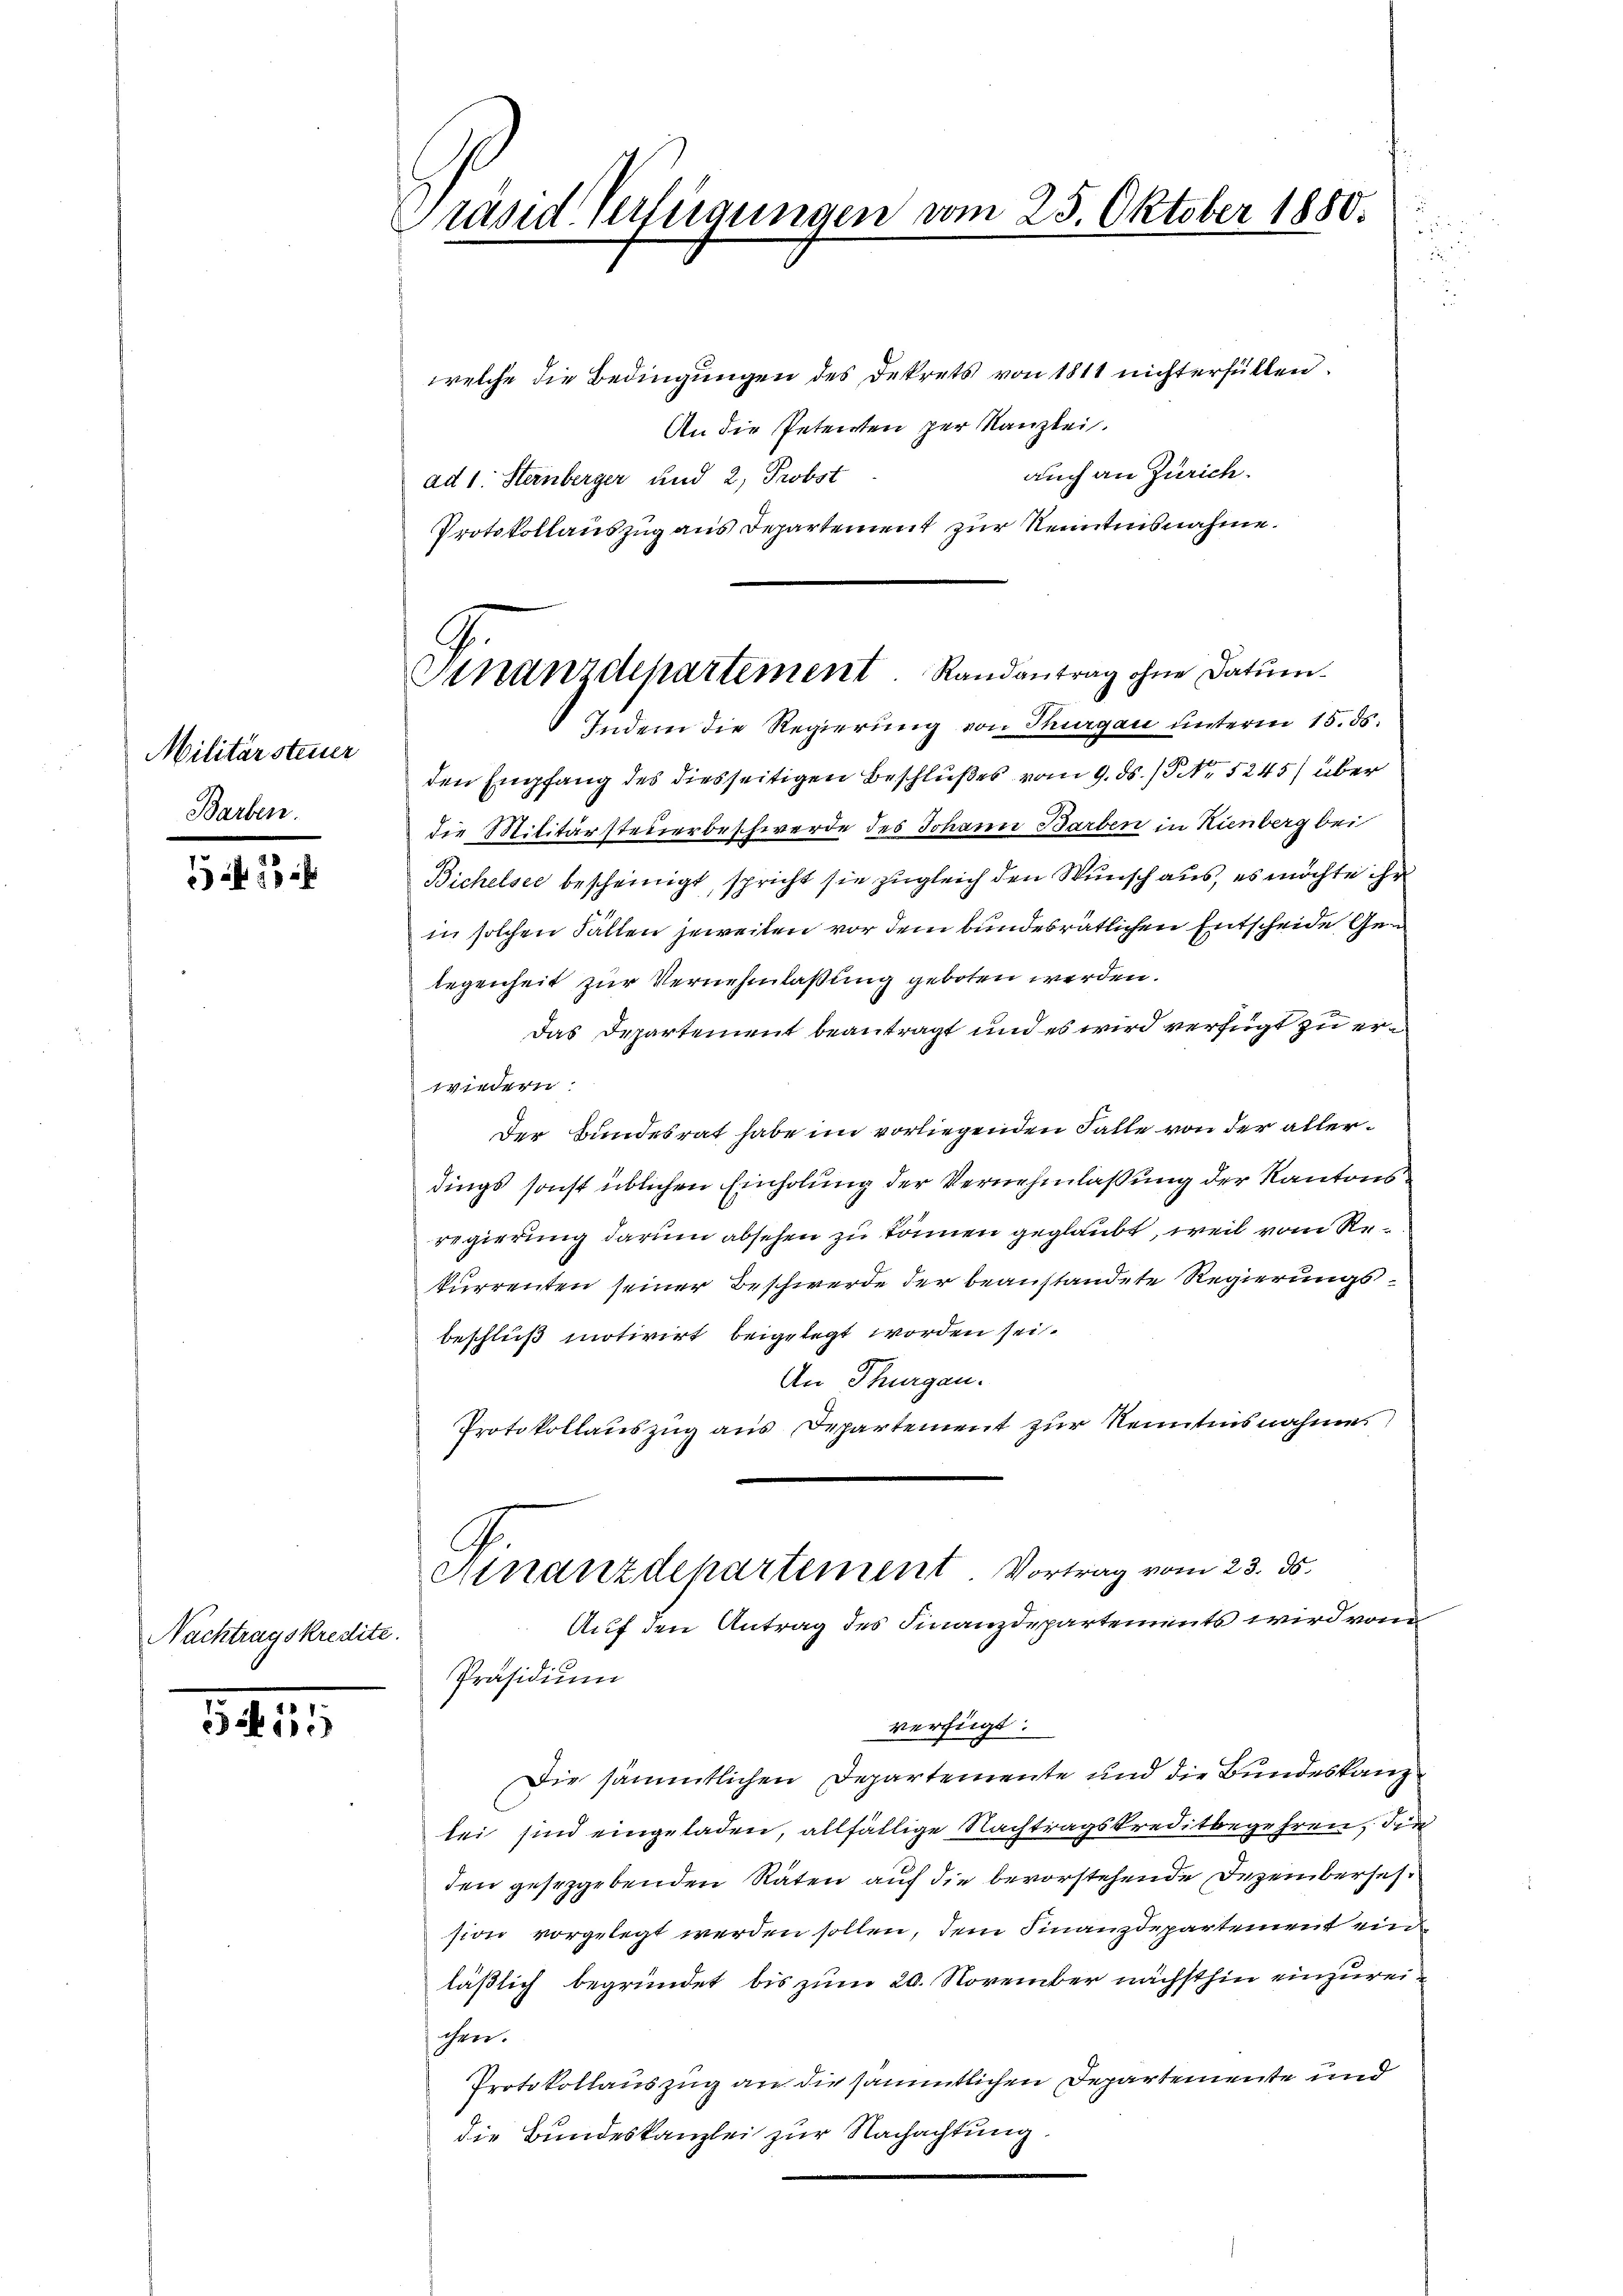
Militärsteuer
Barben.

542

Nachtragskredite.

315

Präsid. Verlegungen vom 25. Oktober 1850.
.

9.
Sinanzdepartement. Randantrag ohne Datum.
Indem die Regierung von Thurgau unterm 15. ds.

welche die Bedingungen des Dekrets von 1811 nicht erfüllen.
An die Petenten per Kanzlei.
auch an Zürich.
ad 1. Steinberger und 2, Probst
Protokollauszug aus Departement zur Kenntnisnahme.
den Empfang des diesseitigen Beschlußes vom 9. ds. / NNo. 5245) über
die Militärsteuerbeschwerde des Johann Barben in Kienberg bei
Bichelsee bescheinigt, spricht sie zugleich den Wunsch aus, es möchte ihr
in solchen Fällen jeweiten vor dem bundesrätlichen Entscheide Gelegenheit zur Vernehmlaßung geboten werden.
Das Departement beantragt und es wird verfügt zu erwiedern:
Der Bundesrat habe im vorliegenden Falle von der allerdings sonst üblichen Einholung der Vernehmlassung der Kantonsregierung darum absehen zu können geglaubt, weil vom Rekurrenten seiner Beschwerde der beanstandete Regierungsbeschluß motivirt beigelegt worden sei.
An Thurgau.
Protokollauszug aus Departement zur Kenntnisnahmes
Ainanzdepartement. Vortrag vom 23. ds.
Auf den Antrag des Finanzdepartements wird von
Präsidium
verfügt:
Die sämmtlichen Departemente und die Bundeskanzlei sind eingeladen, allfällige Nachtragskreditbegehren, die
den gesetzgebenden Räten auf die bevorstehende Dezembersehsion vorgelegt werden sollen, dem Finanzdepartement einläßlich begründet bis zum 20. November nächsthin einzureitchen.
Protokollauszug an die sämmtlichen Departemente und
die Bundeskanzlei zur Nachachtung.